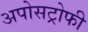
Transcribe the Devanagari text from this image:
अपोसट्रोफी